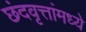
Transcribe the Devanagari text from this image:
छंदवृत्तांमध्ये